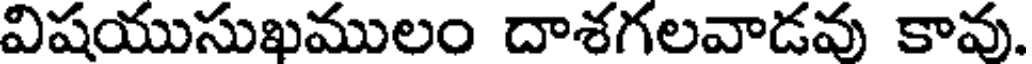
విషయుసుఖములం దాశగలవాడవు కావు.